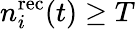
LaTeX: n_{i}^{\mathrm{rec}}(t)\geq T